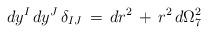
LaTeX: \begin{align*}\, dy^I \,dy^J \, \delta_{IJ} \, = \, dr^2 \, + \, r^2 \, d\Omega_{7}^2\end{align*}